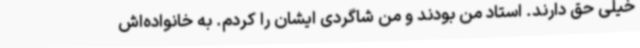
خیلی حق دارند. استاد من بودند و من شاگردی ایشان را کردم. به خانواده‌اش